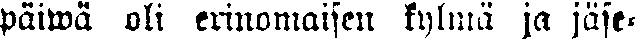
päiwä oli erinomaisen kylmä ja jäse-